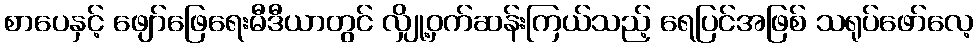
စာပေနှင့် ဖျော်ဖြေရေးမီဒီယာတွင် လျှို့ဝှက်ဆန်းကြယ်သည့် ရေပြင်အဖြစ် သရုပ်ဖော်လေ့